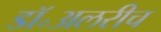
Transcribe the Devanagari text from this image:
डॉ॰अलरीच